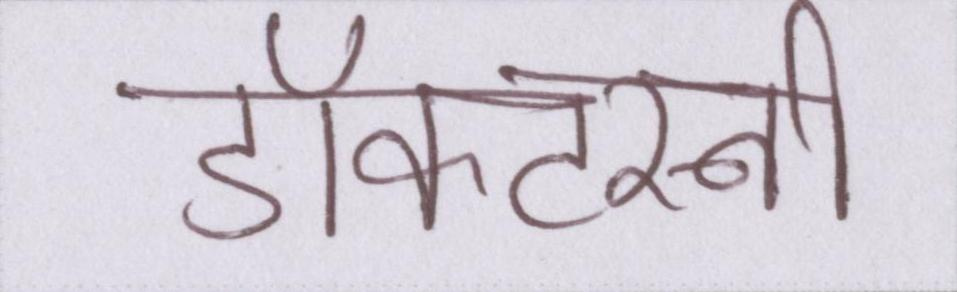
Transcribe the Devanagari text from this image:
डॉक्टरनी